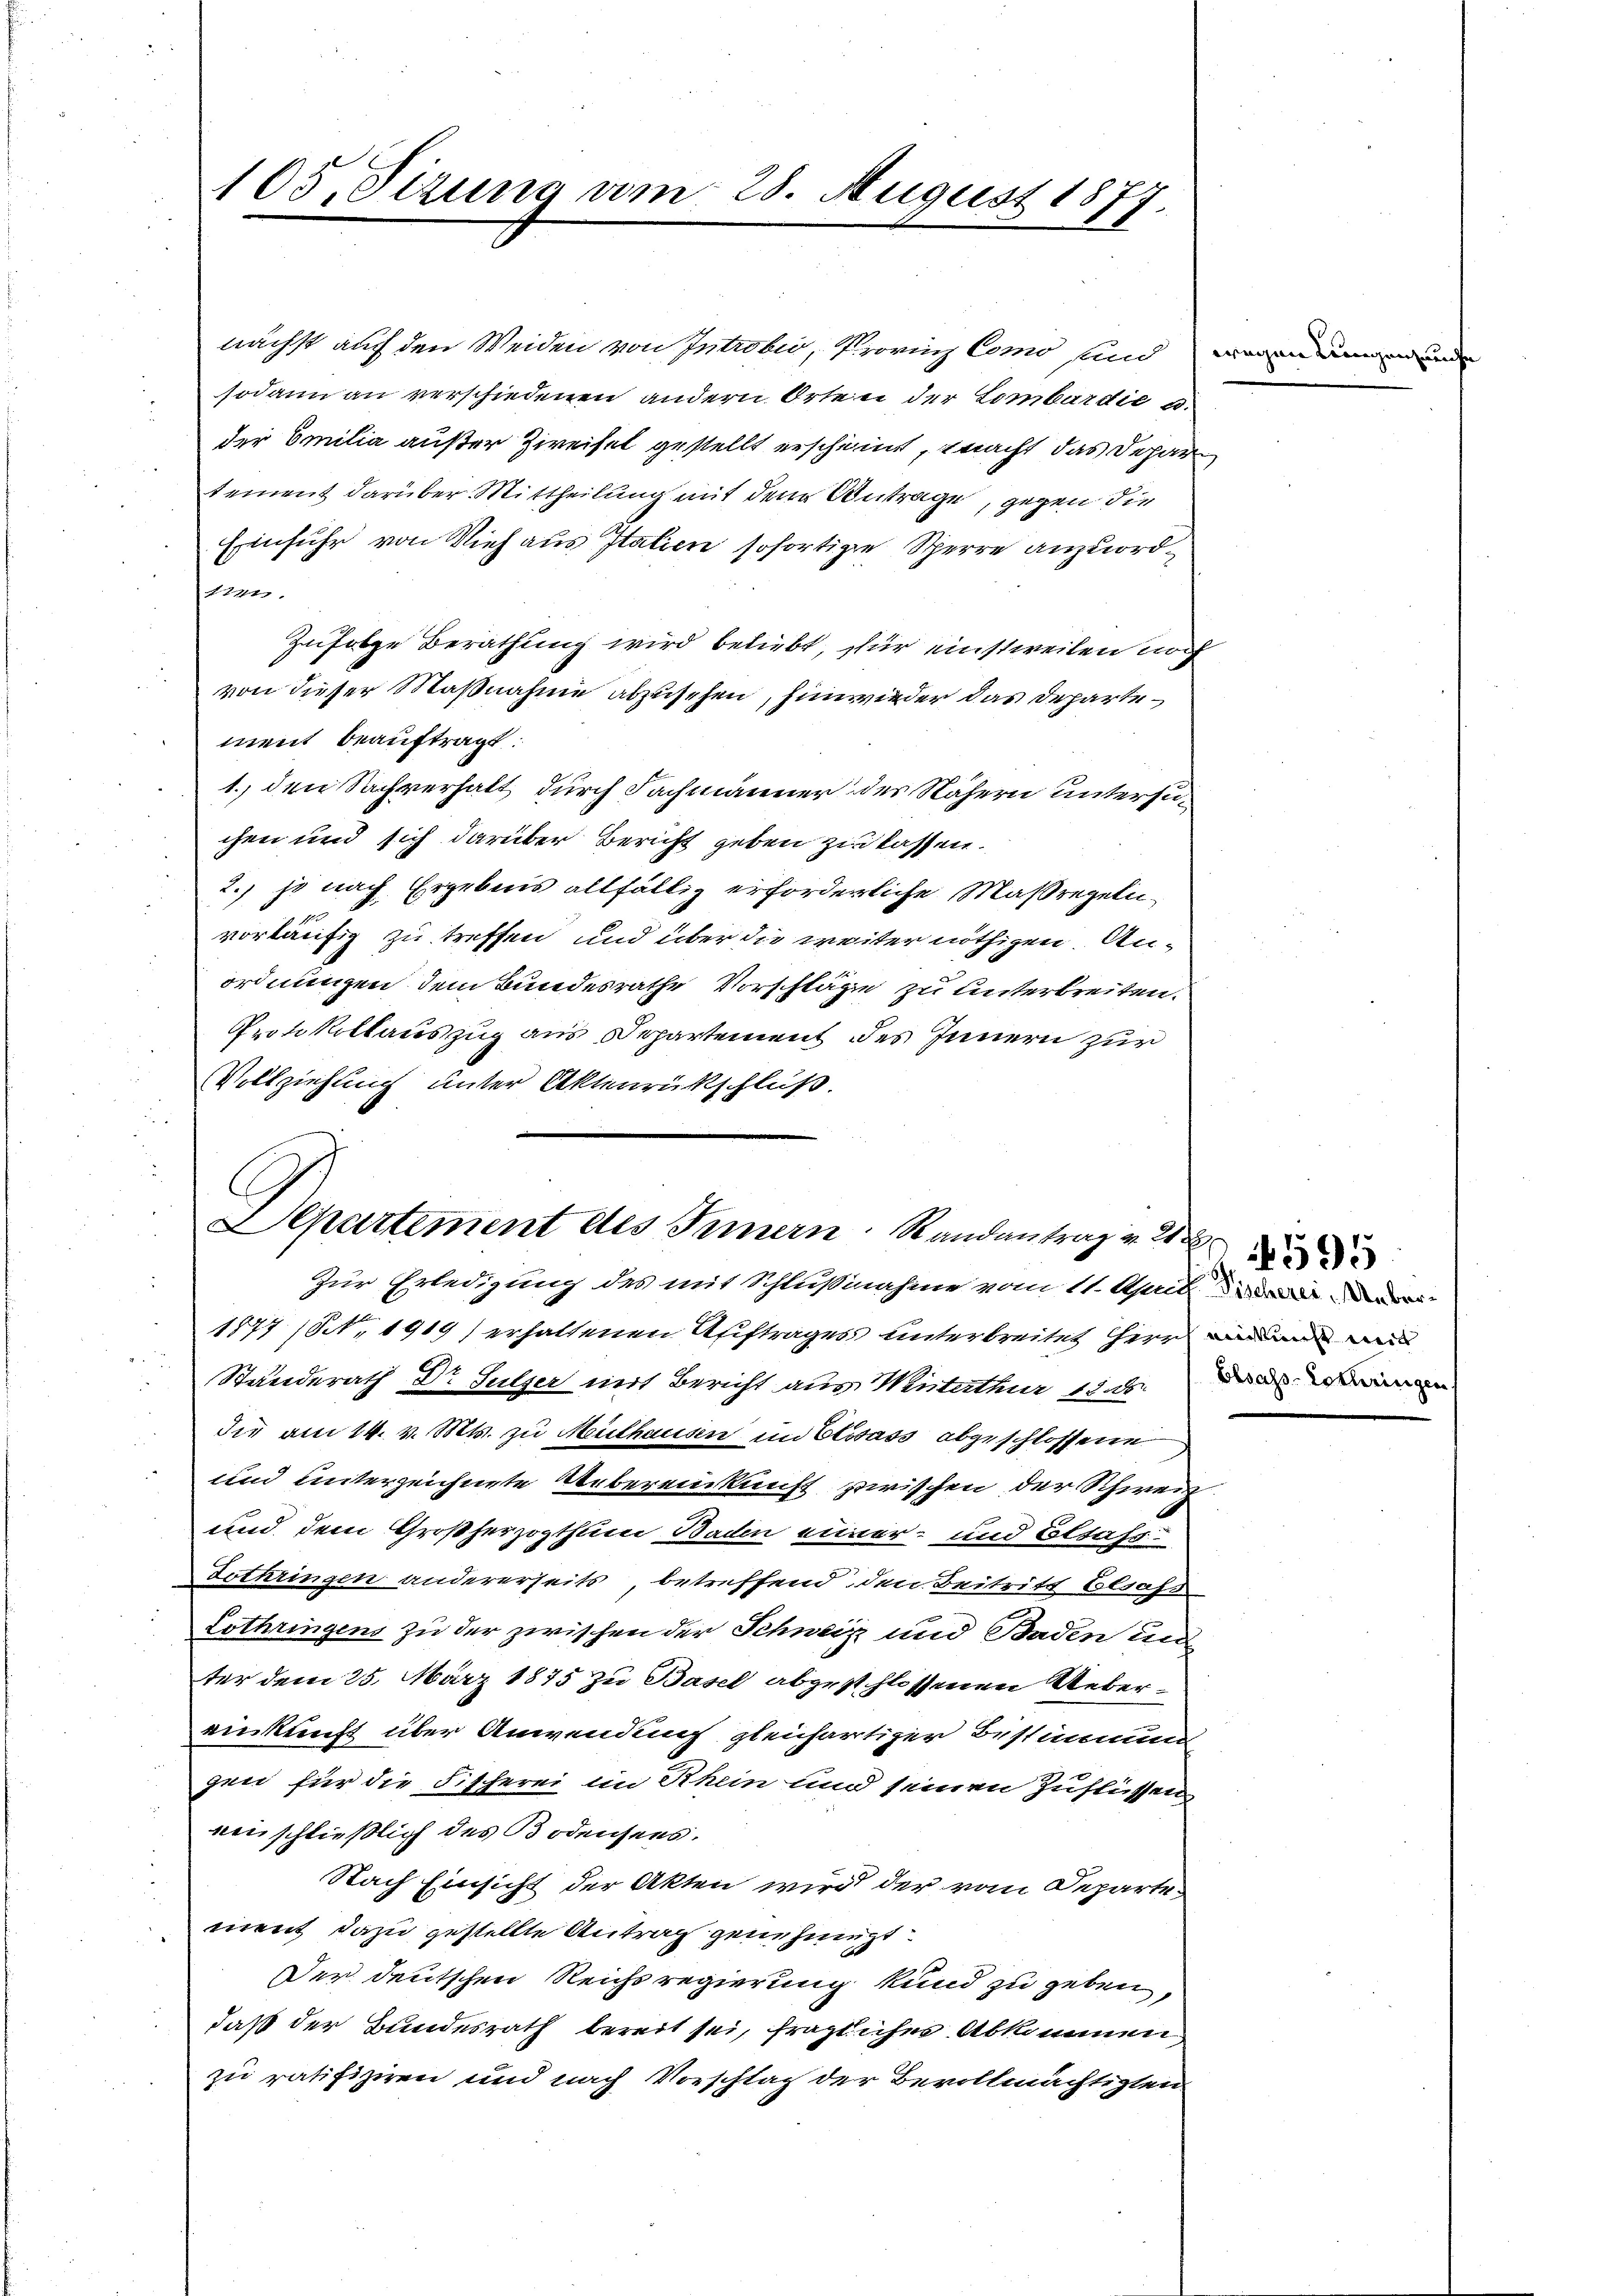
105. Serung vom 25. August 1877.

nächst auch den Weiden von Introber, Provinz Como sind worin den und
sodann an verschiedenen andern Orten der Lombardić a.
der Emilia außer Zweifel gestellt erscheint, macht das Depar
tement darüber Mittheilung mit dem Antrage, gegen die
Einfuhr von Vieh aus Italien sofortigen Sperre anzuord¬
1777.
Zufolge Berathung wird beliebt, für einstweilen noch
von dieser Maßnahme abzusehen, hinwieder das Departement beauftragt:
1. den Sachverhalt durch Fachmänner des Nähern untersuchen und sich darüber Bericht geben zu lassen.
2., je nach Ergebnis allfällig erforderliche Maßregeln
vorläufig zu treffen und über die weiter nöthigen Anordnungen dem Bundesrathe Vorschläge zu unterbreiten.
Protokollauszug aus Departement des Innern zur
Vollziehung unter Aktenrückschluß.

E
Departement des Innern Randantrag v. 2

Zur Erledigung des mit Schlußnahme vom 11. April der i
1877 (S. 1919) erhaltenen Auftrages unterbreitet Herrn
Standerath Dr Sulzer mit Bericht aus Winterthur 122. den in
die am 14. v. Mts. zu Mülhausen im Elsass abgeschlossene
und unterzeichnete Uebereinkunft zwischen der Schweiz
und dem Großherzogthum Baden einer- und Elsass
Lothringen andererseits, betreffend den Beitritt besass
Lothringens zu der zwischen der Schweiz und Baden und
ter dem 25. März 1875 zu Basel abgeschlossenen Uebereinkunft über Anwendung gleichartiger Bestimmung
gen für die Fischerei im Rhein und seinen Zuflüssen
nenschließlich des Bodensees.
Nach Einsicht der Akten wird der vom Departe
ment dazu gestellte Antrag genehmigt.
Der deutschen Reichsregierung kund zu geben,
daß der Bundesrath bereit sei, fraglicher Abkommen,
zu ratifiziren und nach Vorschlag der Bevollmächtigten